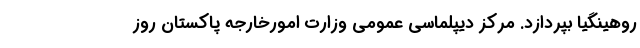
روهینگیا بپردازد. مرکز دیپلماسی عمومی وزارت امورخارجه پاکستان روز